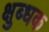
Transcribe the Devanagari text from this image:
क्षुब्धक